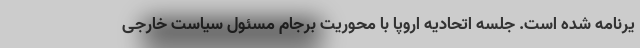
یرنامه شده است. جلسه اتحادیه اروپا با محوریت برجام مسئول سیاست خارجی